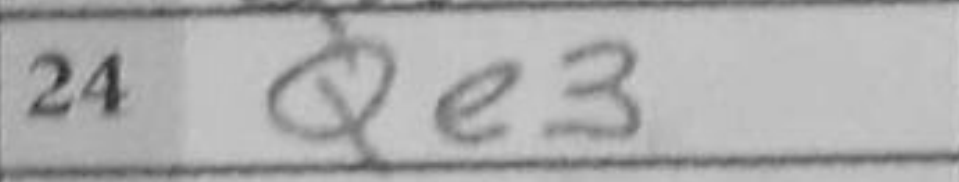
Transcription: Qe3